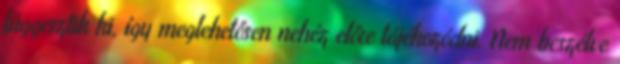
függesztik ki, így meglehetősen nehéz előre tájékozódni. Nem beszélve